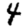
Digit: 4